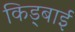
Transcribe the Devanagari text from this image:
किड्बाई